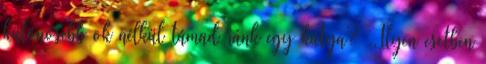
különösebb ok nélkül támad ránk egy kutya? ,,Ilyen esetben